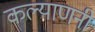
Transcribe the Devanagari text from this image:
कल्याणनी